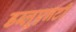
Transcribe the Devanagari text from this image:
डब्लूएनटी